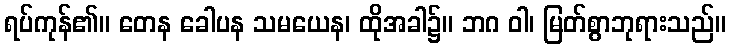
ရပ်ကုန်၏။ တေန ခေါပန သမယေန၊ ထိုအခါ၌။ ဘဂ ဝါ၊ မြတ်စွာဘုရားသည်။